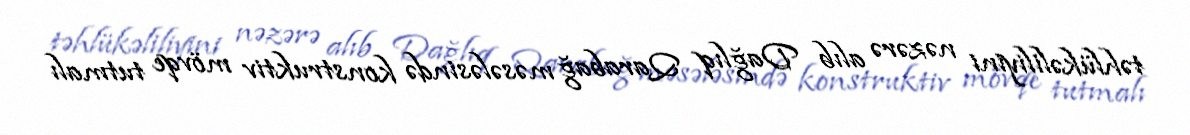
təhlükəliliyini nəzərə alıb Dağlıq Qarabağ məsələsində konstruktiv mövqe tutmalı